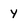
Character: y